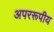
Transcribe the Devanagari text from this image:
अपररूपीय